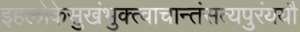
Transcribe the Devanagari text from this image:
इहलोकेसुखंभुक्त्वाचान्तंसत्यपुरंययौ